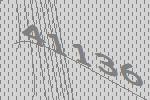
41136